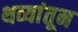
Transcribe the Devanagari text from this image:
थव्यांतून